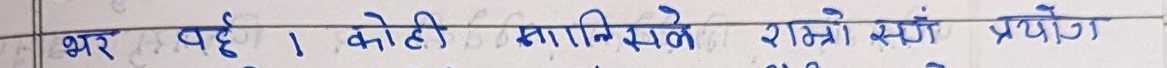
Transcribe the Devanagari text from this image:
भर पर्दछ। कोही मानिसले राम्रो सँग प्रयोग